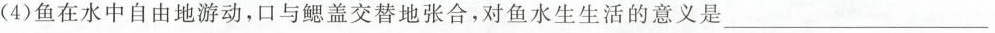
(4)鱼在水中自由地游动，口与鳃盖交替地张合，对鱼水生生活的意义是\underline